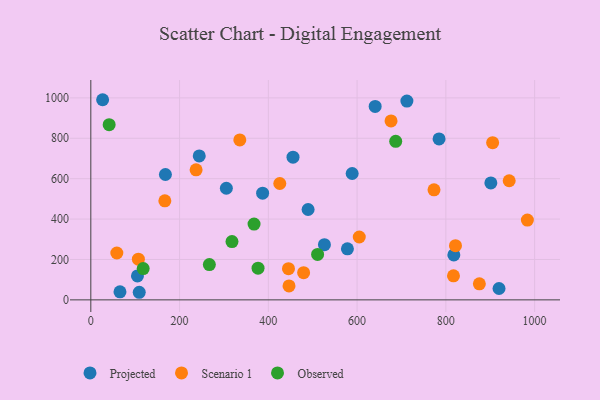
{"axis": {"x": "Engine Size", "y": "Fuel Efficiency"}, "legend": ["Observed", "Projected", "Scenario 1"], "data": [{"x": "168.1", "y": 620.8, "type": "Projected"}, {"x": "919.8", "y": 56.4, "type": "Projected"}, {"x": "387.1", "y": 528.1, "type": "Projected"}, {"x": "244.3", "y": 712.6, "type": "Projected"}, {"x": "818.0", "y": 222.4, "type": "Projected"}, {"x": "26.6", "y": 990.9, "type": "Projected"}, {"x": "305.4", "y": 552.7, "type": "Projected"}, {"x": "712.2", "y": 984.2, "type": "Projected"}, {"x": "640.7", "y": 957.7, "type": "Projected"}, {"x": "455.6", "y": 706.4, "type": "Projected"}, {"x": "901.4", "y": 579.0, "type": "Projected"}, {"x": "489.6", "y": 447.3, "type": "Projected"}, {"x": "784.7", "y": 796.7, "type": "Projected"}, {"x": "588.9", "y": 625.6, "type": "Projected"}, {"x": "526.4", "y": 273.3, "type": "Projected"}, {"x": "105.1", "y": 118.5, "type": "Projected"}, {"x": "578.2", "y": 252.7, "type": "Projected"}, {"x": "109.1", "y": 37.6, "type": "Projected"}, {"x": "65.7", "y": 40.0, "type": "Projected"}, {"x": "107.2", "y": 201.7, "type": "Scenario 1"}, {"x": "676.5", "y": 886.0, "type": "Scenario 1"}, {"x": "446.6", "y": 69.0, "type": "Scenario 1"}, {"x": "817.2", "y": 119.0, "type": "Scenario 1"}, {"x": "445.4", "y": 154.5, "type": "Scenario 1"}, {"x": "425.8", "y": 576.2, "type": "Scenario 1"}, {"x": "983.7", "y": 395.2, "type": "Scenario 1"}, {"x": "821.7", "y": 268.5, "type": "Scenario 1"}, {"x": "58.6", "y": 232.0, "type": "Scenario 1"}, {"x": "875.5", "y": 79.4, "type": "Scenario 1"}, {"x": "166.8", "y": 490.3, "type": "Scenario 1"}, {"x": "335.7", "y": 792.0, "type": "Scenario 1"}, {"x": "479.5", "y": 134.7, "type": "Scenario 1"}, {"x": "237.2", "y": 643.9, "type": "Scenario 1"}, {"x": "905.4", "y": 778.5, "type": "Scenario 1"}, {"x": "942.7", "y": 589.8, "type": "Scenario 1"}, {"x": "604.9", "y": 311.3, "type": "Scenario 1"}, {"x": "773.3", "y": 544.9, "type": "Scenario 1"}, {"x": "267.1", "y": 174.8, "type": "Observed"}, {"x": "118.0", "y": 154.9, "type": "Observed"}, {"x": "41.3", "y": 867.5, "type": "Observed"}, {"x": "376.8", "y": 156.8, "type": "Observed"}, {"x": "511.0", "y": 224.9, "type": "Observed"}, {"x": "367.8", "y": 375.4, "type": "Observed"}, {"x": "318.1", "y": 288.6, "type": "Observed"}, {"x": "687.0", "y": 784.9, "type": "Observed"}]}